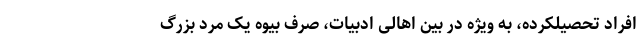
افراد تحصیلکرده، به ویژه در بین اهالی ادبیات، صِرف بیوه یک مرد بزرگ